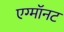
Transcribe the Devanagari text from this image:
एग्माॅनट